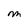
Character: M